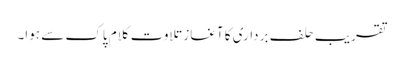
تقریب حلف برداری کا آغاز تلاوت کلام پاک سے ہوا۔